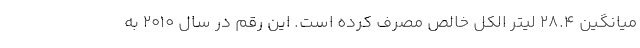
میانگین ۲۸.۴ لیتر الکل خالص مصرف کرده‌ است. این رقم در سال ۲۰۱۰ به